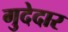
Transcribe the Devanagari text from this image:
गुदेदार